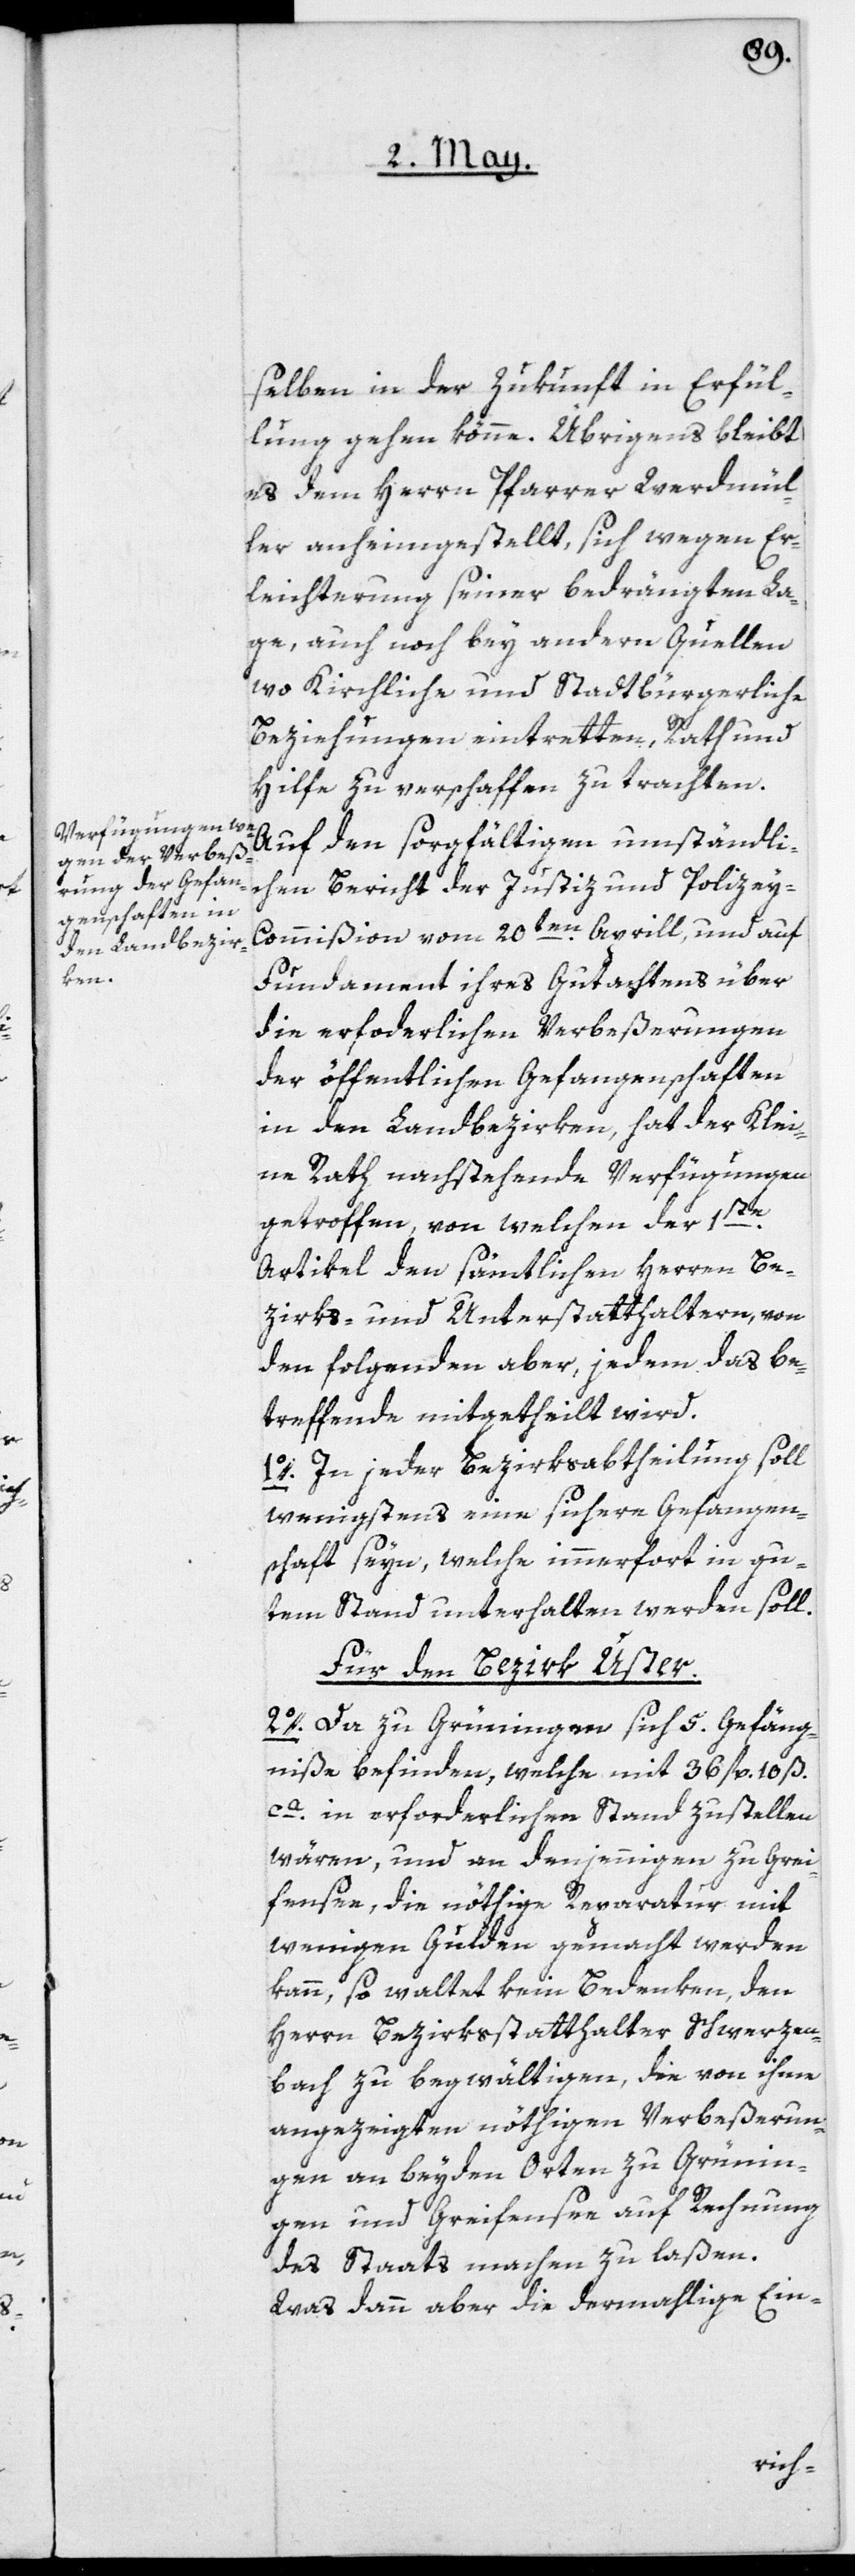
selben in der Zukunft in Erfül¬
lung gehen könne. Übrigens bleibt
es dem Herrn Pfarrer Werdmül¬
ler anheimgestellt, sich wegen Er¬
leichterung seiner bedrängten La¬
ge, auch noch bey andern Quellen,
wo Kirchliche und Stadtbürgerliche
Beziehungen eintretten, Rath und
Hilfe zu verschaffen zu trachten.
Auf den sorgfältigen umständli¬
chen Bericht der Justiz- und Polize¬
y-Commißion vom 20ten Aprill, und auf
Fundament ihres Gutachtens über
die erforderlichen Verbeßerungen
der öffentlichen Gefangenschaften
in den Landbezirken, hat der Klei¬
ne Rath nachstehende Verfügungen
getroffen, von welchen der 1ste
Artikel den sämtlichen Herren Be¬
zirks- und Unterstatthaltern, von
den folgenden aber, jedem das be¬
treffende mitgetheilt wird.
1o. In jeder Bezirksabtheilung soll
wenigstens eine sichere Gefangen¬
schaft seyn, welche immerfort in gu¬
tem Stand unterhalten werden soll.
Für den Bezirk Uster:
2o. Da zu Grüningen sich 5. Gefäng¬
niße befinden, welche mit 36 fl. 10 ß
ca. in erforderlichen Stand zustellen
wären, und an denjenigen zu Grei¬
fensee, die nöthige Reparatur mit
wenigen Gulden gemacht werden
kann, so waltet kein Bedenken, den
Herrn Bezirksstatthalter Schwerzen¬
bach zu begwältigen, die von ihme
angezeigten nöthigen Verbeßerun¬
gen an beyden Orten zu Grünin¬
gen und Greifensee auf Rechnung
des Staats machen zu laßen.
Was dann aber die dermahlige Ein-